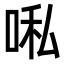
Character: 𭈀